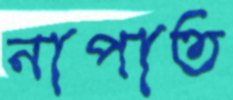
নাপাত